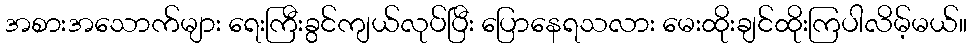
အစားအသောက်များ ရေးကြီးခွင်ကျယ်လုပ်ပြီး ပြောနေရသလား မေးထိုးချင်ထိုးကြပါလိမ့်မယ်။